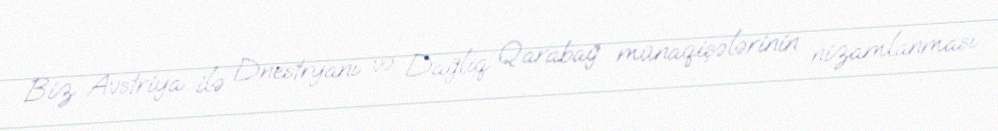
Biz Avstriya ilə Dnestryanı və Dağlıq Qarabağ münaqişələrinin nizamlanması